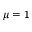
\mu = 1